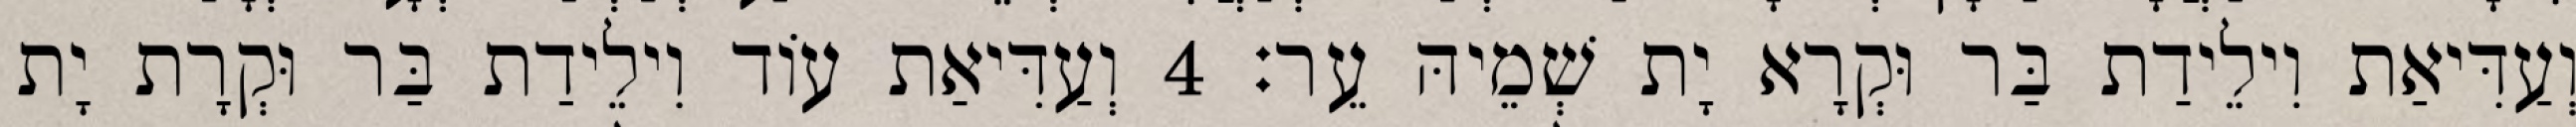
וְעַדִּיאַת וִילֵידַת בַּר וּקְרָא יָת שְׁמֵיהּ עֵר׃ 4 וְעַדִּיאַת עוֹד וִילֵידַת בַּר וּקְרָת יָת